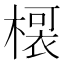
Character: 𭫡